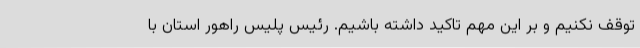
توقف نکنیم و بر این مهم تاکید داشته باشیم. رئیس پلیس راهور استان با